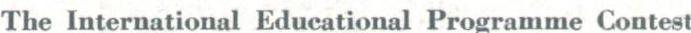
The International Educational Programme Contest